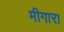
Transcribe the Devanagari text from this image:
मीगारा